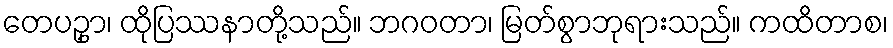
တေပဥှာ၊ ထိုပြဿနာတို့သည်။ ဘဂဝတာ၊ မြတ်စွာဘုရားသည်။ ကထိတာစ၊